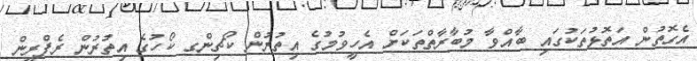
އެގޮތުން އަތޮޅުތަކުގައި ބާއްވާ މުބާރާތްތަކަށް އެހީވުމުގެ އިތުރުން ކޯޗިންގ ކޯހުގެ އިތުރުން ރެފްރީން